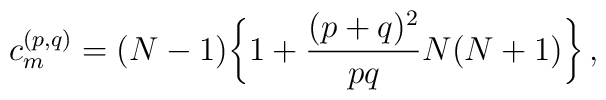
c^{(p,q)}_m = (N-1)\bigg\{1+{(p+q)^2\over pq}N(N+1)\bigg\}\,,